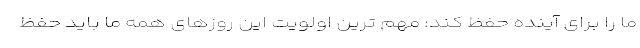
ما را برای آینده حفظ کند: مهم ترین اولویت این روزهای همه ما باید حفظ